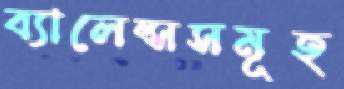
ব্যালেন্সসমূহ